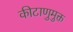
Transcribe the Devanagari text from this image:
कीटाणुमुक्त